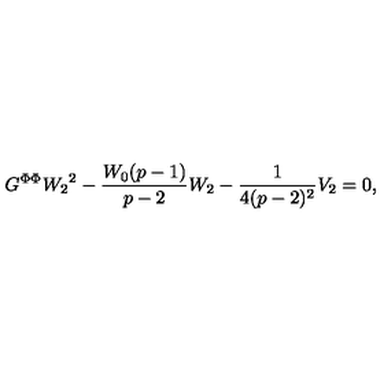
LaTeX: G ^ { \Phi \Phi } { W _ { 2 } } ^ { 2 } - \frac { W _ { 0 } ( p - 1 ) } { p - 2 } W _ { 2 } - \frac { 1 } { 4 ( p - 2 ) ^ { 2 } } V _ { 2 } = 0 ,